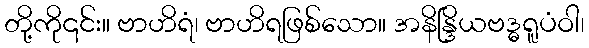
တို့ကို၎င်း။ ဗာဟိရံ၊ ဗာဟိရဖြစ်သော။ အနိန္ဒြိယဗဒ္ဓရူပံဝါ၊